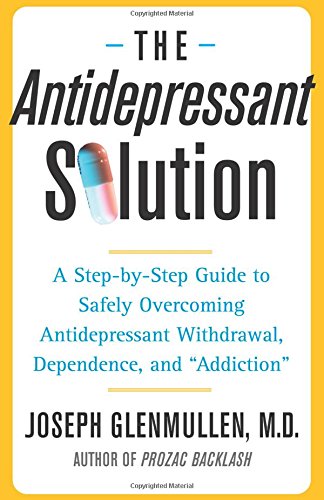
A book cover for The Antidepressant Solution: A Step-by-Step Guide to Safely Overcoming Antidepressant Withdrawal, Dependence, and "Addiction"; M.D. Joseph Glenmullen M.D.; Health, Fitness & Dieting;